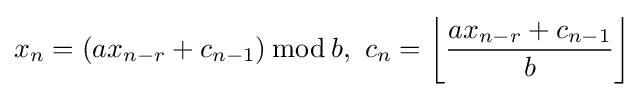
x_{n}=(ax_{n-r}+c_{n-1})\,{\bmod {\,}}b,\ c_{n}=\left\lfloor {\frac {ax_{n-r}+c_{n-1}}{b}}\right\rfloor